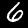
Label: 6